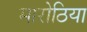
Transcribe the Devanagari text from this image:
मारोठिया